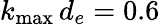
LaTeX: k_{\mathrm{max}}\, d_{e}=0.6